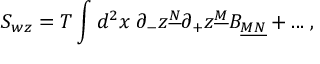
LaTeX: S _ { w z } = T \int d ^ { 2 } x \; \partial _ { - } z ^ { \underline { { { N } } } } \partial _ { + } z ^ { \underline { { { M } } } } B _ { \underline { { { M N } } } } + . . . \; ,